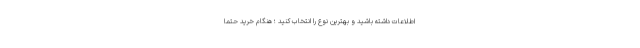
اطلاعات داشته باشید و بهترین نوع را انتخاب کنید ؛ هنگام خرید حتما